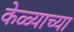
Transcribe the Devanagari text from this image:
केळ्याच्या